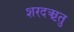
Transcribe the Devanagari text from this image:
शरदऋतु